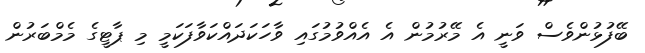
ބޭފުޅުންވެސް ވަނީ އެ މޭރުމުން އެ އެއްވުމުގައި ވާހަކަދައްކަވާފަކަމީ މި ޕާޓީގެ މެމްބަރުން